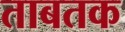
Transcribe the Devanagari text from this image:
ताबतक